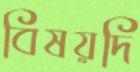
বিষয়দি